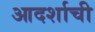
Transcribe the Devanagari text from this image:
आदर्शाची